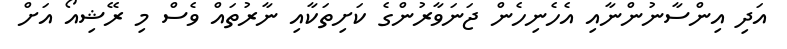
އަދި އިންސާނުންނާއި އެހެނިހެން ޖަނަވާރުންގެ ކަށިތަކާއި ނާރުތައް ވެސް މި ރޭޝިއޯ އަށް